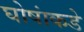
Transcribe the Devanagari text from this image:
घोषांकडे